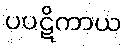
ပပဋိကာယ